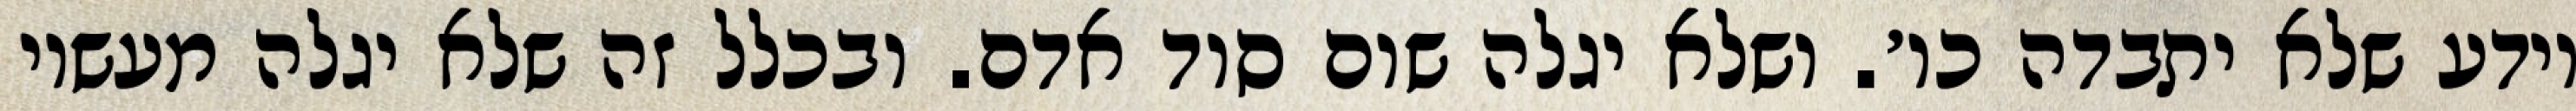
יודע שלא יתבדה כו׳. ושלא יגלה שום סוד אדם. ובכלל זה שלא יגלה מעשיו